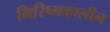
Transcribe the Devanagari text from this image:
गिरिष्मकालीन